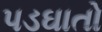
પડઘાતો